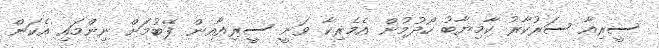
ސީރިއާ ސަރުކާރު ކާމިޔާބު ހޯދުމުން އެމެރިކާ ވަނީ ސީރިއާއިން ފޭބުމަށް ނިންމައި އެކަން